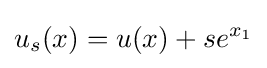
u_{s}(x)=u(x)+se^{x_{1}}